Leprosy in India: report of the Leprosy Commission in India, 1890-91
Year: 1890
Disease focus: Leprosy
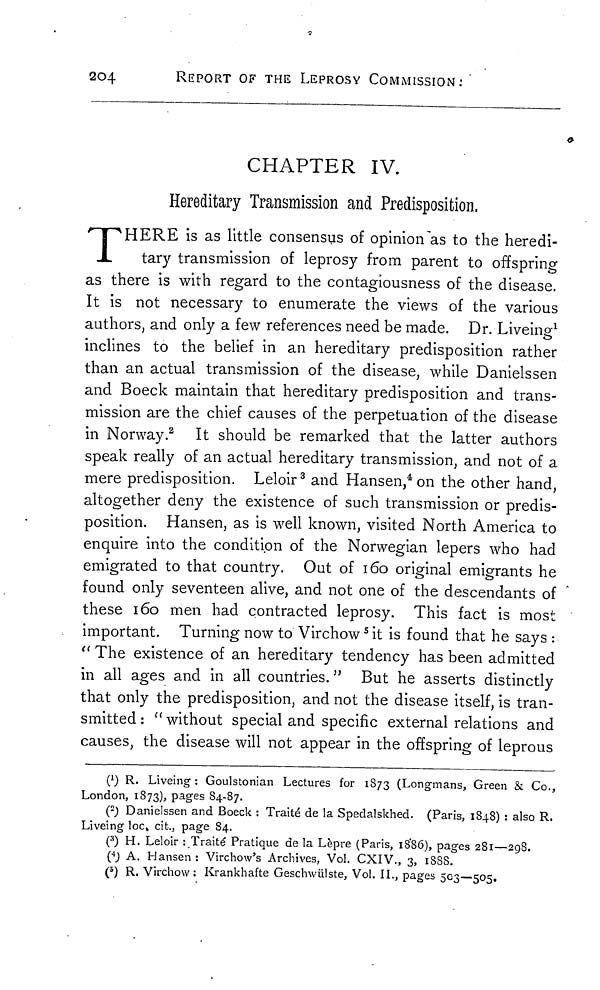
204
REPORT OF THE LEPROSY COMMISSION:
CHAPTER IV.
Hereditary Transmission and Predisposition.
T HERE is as little consensus of opinion as to the heredi-
tary transmission of leprosy from parent to offspring
as there is with regard to the contagiousness of the disease.
It is not necessary to enumerate the views of the various
authors, and only a few references need be made. Dr. Liveing 1
inclines to the belief in an hereditary predisposition rather
than an actual transmission of the disease, while Danielssen
and Boeck maintain that hereditary predisposition and trans-
mission are the chief causes of the perpetuation of the disease
in Norway. 2 It should be remarked that the latter authors
speak really of an actual hereditary transmission, and not of a
mere predisposition. Leloir 3 and Hansen, 4 on the other hand,
altogether deny the existence of such transmission or predis-
position. Hansen, as is well known, visited North America to
enquire into the condition of the Norwegian lepers who had
emigrated to that country. Out of 160 original emigrants he
found only seventeen alive, and not one of the descendants of
these 160 men had contracted leprosy. This fact is most
important. Turning now to Virchow 5 it is found that he says :
" The existence of an hereditary tendency has been admitted
in all ages and in all countries. " But he asserts distinctly
that only the predisposition, and not the disease itself, is tran-
smitted : " without special and specific external relations and
causes, the disease will not appear in the offspring of leprous
( 1 ) R. Liveing : Goulstonian Lectures for 1873 (Longmans, Green & Co.,
London, 1873), pages 84-87.
( 2 ) Danielssen and Boeck : Traité de la Spedalskhed. (Paris, 1848) : also R.
Liveing loc. cit., page 84.
( 3 ) H. Leloir : Traité Pratique de la Lèpre (Paris, 1886), pages 281—298.
( 4 ) A. Hansen : Virchow's Archives, Vol. CXIV., 3, 1888.
( 5 ) R. Virchow: Krankhafte Geschwülste, Vol. IL, pages 503—505.